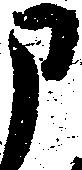
申